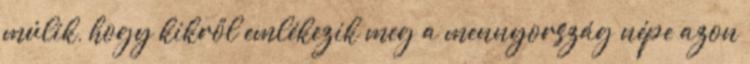
múlik, hogy kikről emlékezik meg a mennyország népe azon